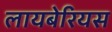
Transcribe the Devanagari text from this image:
लायबेरियस